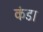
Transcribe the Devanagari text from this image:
कंडा